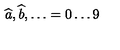
\widehat { a } , \widehat { b } , \ldots = 0 \ldots 9